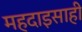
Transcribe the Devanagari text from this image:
महदाइसाही